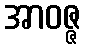
အာဝဇ္ဇ